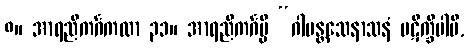
၈။ အာရညိကင်္ဂကထာ ၃၁။ အာရညိကင်္ဂမ္ပိ “ဂါမန္တသေနာသနံ ပဋိက္ခိပါမိ,